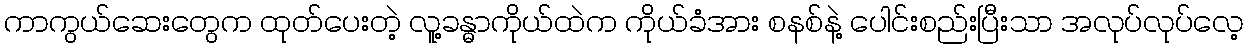
ကာကွယ်ဆေးတွေက ထုတ်ပေးတဲ့ လူ့ခန္ဓာကိုယ်ထဲက ကိုယ်ခံအား စနစ်နဲ့ ပေါင်းစည်းပြီးသာ အလုပ်လုပ်လေ့